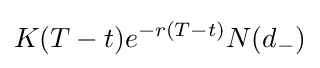
K(T-t)e^{-r(T-t)}N(d_{-})